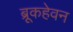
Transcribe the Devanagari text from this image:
ब्रूकहेवन